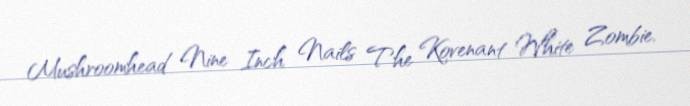
Mushroomhead Nine Inch Nails The Kovenant White Zombie.